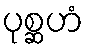
ပုစ္ဆဟံ